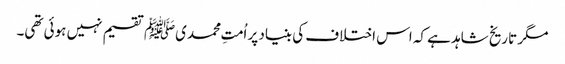
مگر تاریخ شاہد ہے کہ اس اختلاف کی بنیاد پر اُمتِ محمدیﷺ تقسیم نہیں ہوئی تھی۔